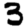
Digit: 3